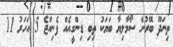
ތިނަދޫ ބޭރުން ސޯމާލިޔާ ބަޔަކު ތިބި ޑިންގީއެއް ފެނިއްޖެ 5 އަހަރު 11